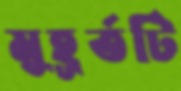
মুহূর্তটি